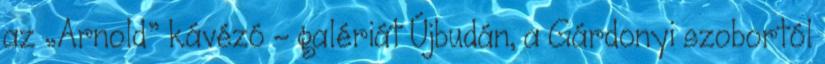
az „Arnold” kávézó - galériát Újbudán, a Gárdonyi szobortól